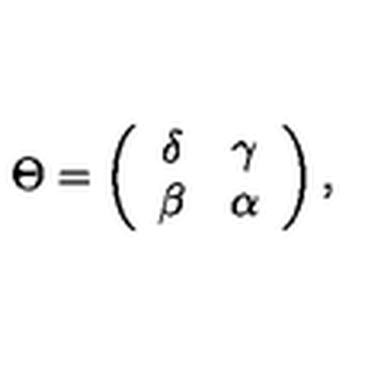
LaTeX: \Theta = \left( \begin{array} { c c } { \delta } & { \gamma } \\ { \beta } & { \alpha } \\ \end{array} \right) ,